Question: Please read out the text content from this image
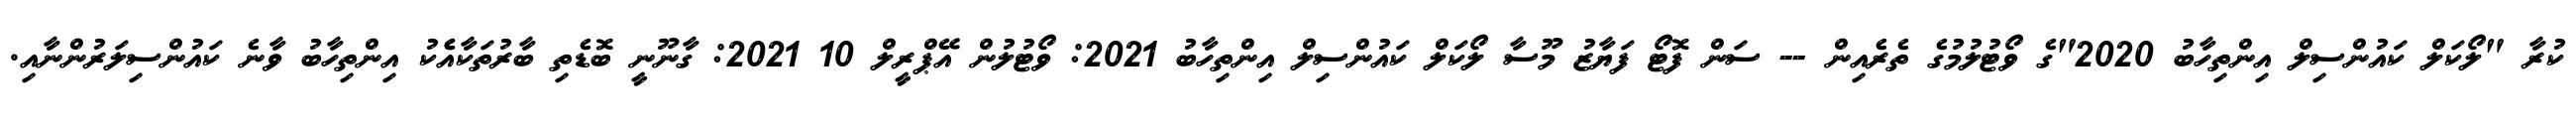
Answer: ކުރާ "ލޯކަލް ކައުންސިލް އިންތިހާބު 2020"ގެ ވޯޓުލުމުގެ ތެރެއިން -- ސަން ފޮޓޯ ފަޔާޒު މޫސާ ލޯކަލް ކައުންސިލް އިންތިހާބު 2021: ވޯޓުލުން އޭޕްރީލް 10 2021: ގާނޫނީ ބޮޑެތި ބާރުތަކާއެެކު އިންތިހާބު ވާނެ ކައުންސިލަރުންނާއި.